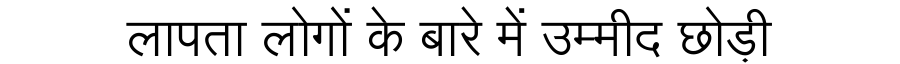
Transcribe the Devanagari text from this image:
लापता लोगों के बारे में उम्मीद छोड़ी